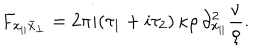
F _ { x _ { | | } \bar { x } _ { \perp } } = 2 \pi i ( \tau _ { 1 } + i \tau _ { 2 } ) \, \kappa \rho \, \partial _ { x _ { | | } } ^ { 2 } \frac { \nu } { \rho } .